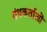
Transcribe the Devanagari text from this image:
ग्रंथकर्ताओं